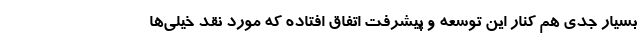
بسیار جدی هم کنار این توسعه و پیشرفت اتفاق افتاده که مورد نقد خیلی‌ها